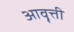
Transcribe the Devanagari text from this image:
आवॄत्ती